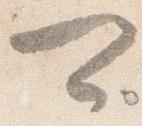
可